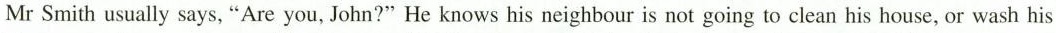
Mr Smith usually says, "Are you, John?" He knows his neighbour is not going to clean his house, or wash his